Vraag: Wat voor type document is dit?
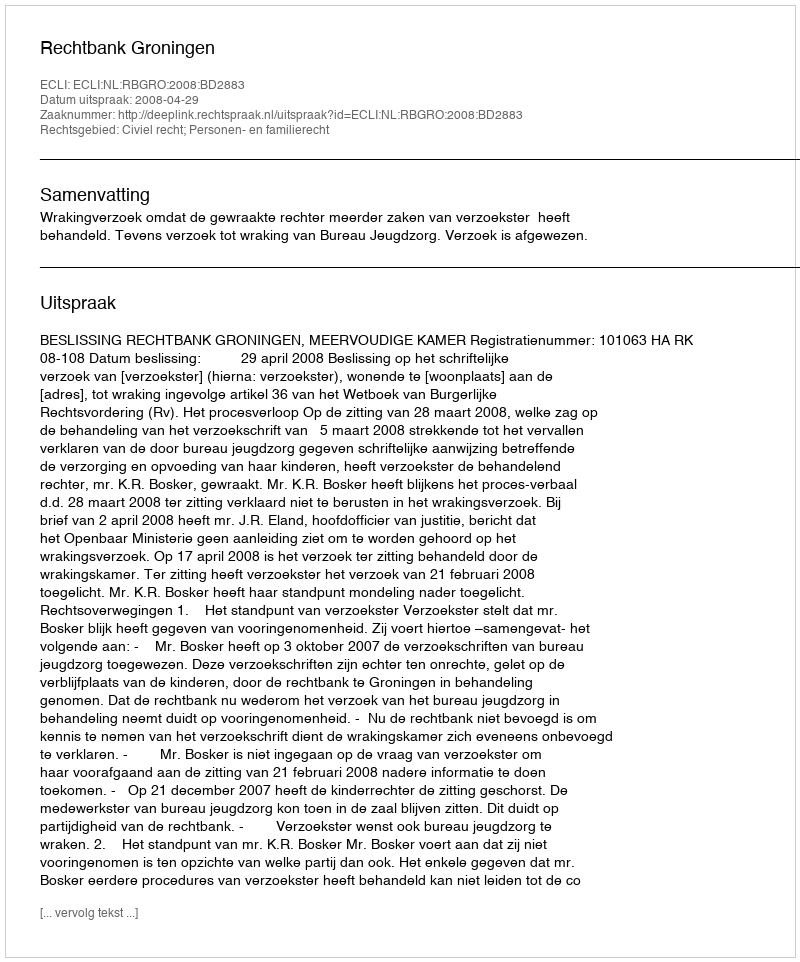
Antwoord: Uitspraak